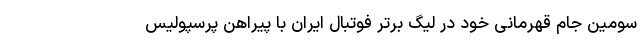
سومین جام قهرمانی خود در لیگ برتر فوتبال ایران با پیراهن پرسپولیس